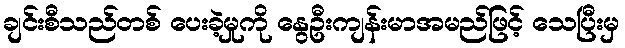
ချင်းစီသည်တစ် ပေးခဲ့မှုကို နွေဦးကျန်းမာအမည်ဖြင့် သေပြီးမှ